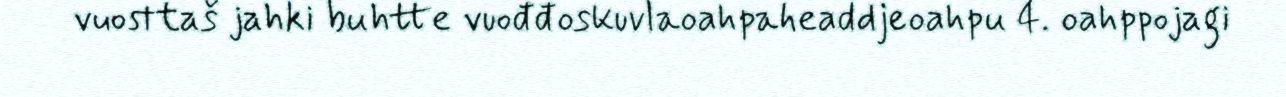
vuosttaš jahki buhtte vuođđoskuvlaoahpaheaddjeoahpu 4. oahppojagi